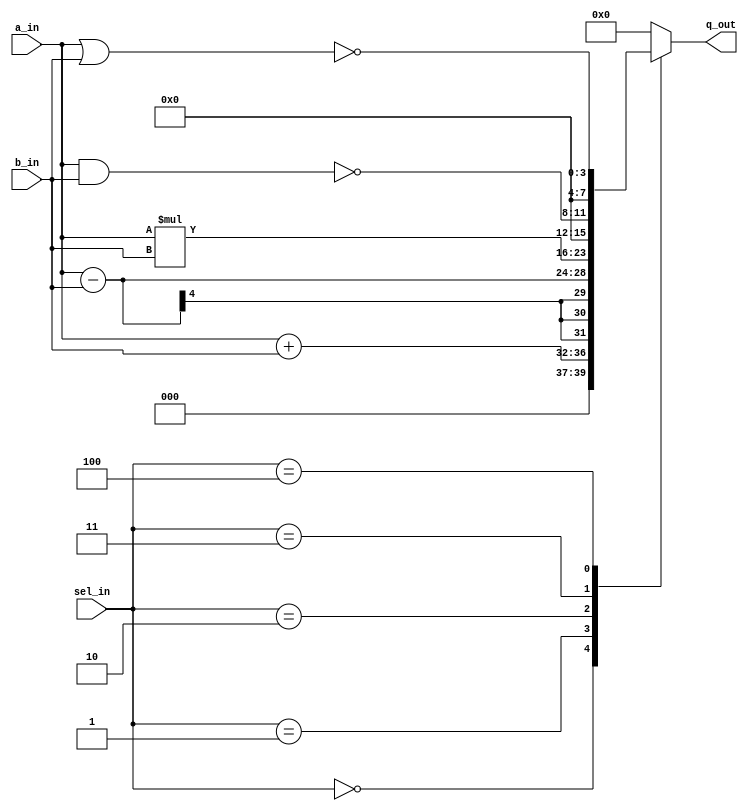
///// ALU BEHAVIOUR STYLE /////
module ALU_behav(a_in, b_in, q_out, sel_in);
  parameter DATA_WIDTH = 4;
  
  input  [DATA_WIDTH-1:0] a_in, b_in;
  input  [2:0]  sel_in;
  output reg [2*DATA_WIDTH-1:0] q_out;
  
  always @* begin
    case(sel_in)
      3'd0: q_out = a_in + b_in;
      3'd1: q_out = a_in - b_in;
      3'd2: q_out = a_in * b_in;
      3'd3: q_out = {4'd0, ~(a_in & b_in)};
      3'd4: q_out = {4'd0, ~(a_in | b_in)};
      default: q_out = 0;
    endcase
  
  end
  
endmodule